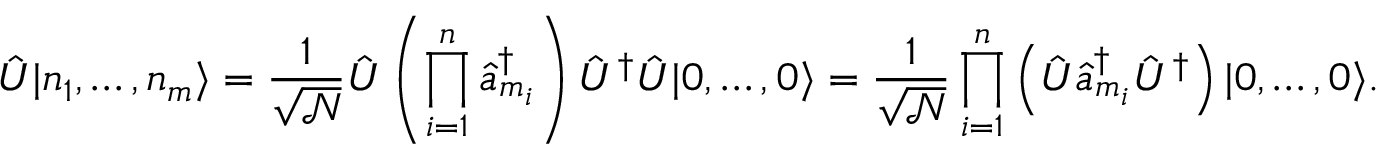
\hat { U } | n _ { 1 } , \dots , n _ { m } \rangle = \frac { 1 } { \sqrt { \mathcal { N } } } \hat { U } \left( \prod _ { i = 1 } ^ { n } \hat { a } _ { m _ { i } } ^ { \dag } \right) \hat { U } ^ { \dag } \hat { U } | 0 , \dots , 0 \rangle = \frac { 1 } { \sqrt { \mathcal { N } } } \prod _ { i = 1 } ^ { n } \left( \hat { U } \hat { a } _ { m _ { i } } ^ { \dag } \hat { U } ^ { \dag } \right) | 0 , \dots , 0 \rangle .